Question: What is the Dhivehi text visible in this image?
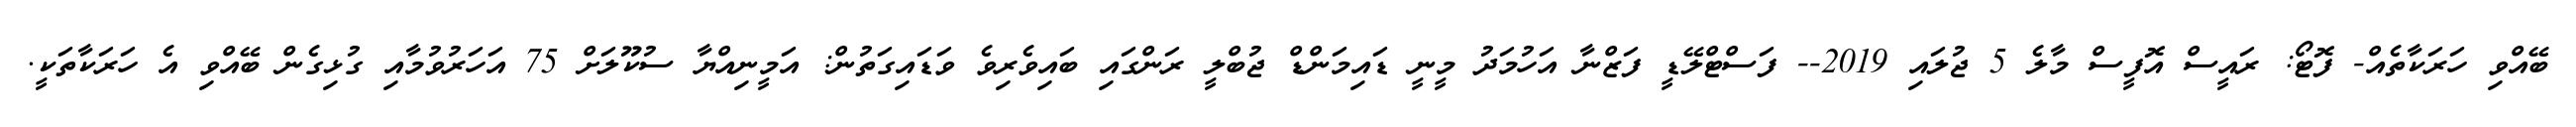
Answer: ބޭއްވި ހަރަކާތެއް- ފޮޓޯ: ރައީސް އޮފީސް މާލެ 5 ޖުލައި 2019-- ފަސްޓްލޭޑީ ފަޒްނާ އަހުމަދު މީނީ ޑައިމަންޑް ޖުބްލީ ރަންގައި ބައިވެރިވެ ވަޑައިގަތުން: އަމީނިއްޔާ ސުކޫލަށް 75 އަހަރުވުމާއި ގުޅިގެން ބޭއްވި އެ ހަރަކާތަކީ.